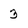
Character: 3